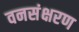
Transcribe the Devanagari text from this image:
वनसंक्षरण